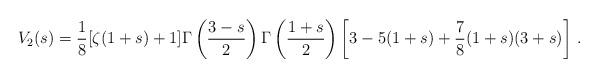
LaTeX: \begin{align*} V_2(s)=\frac{1}{8}[\zeta (1+s)+1]\Gamma\left(\displaystyle{\frac{3-s}{2}}\right) \Gamma\left(\displaystyle{\frac{1+s}{2}}\right)\left[3-5(1+s)+\frac{7}{8}(1+s)(3+s) \right]\,.\end{align*}